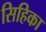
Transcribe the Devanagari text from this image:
सिहिका